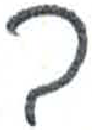
אות: ב